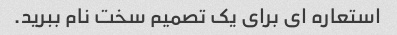
استعاره ای برای یک تصمیم سخت نام ببرید.